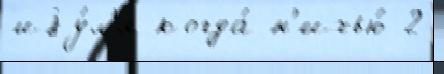
иjу́л'я когда́ н'ичью́ 2